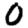
Digit: 0